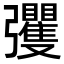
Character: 彏